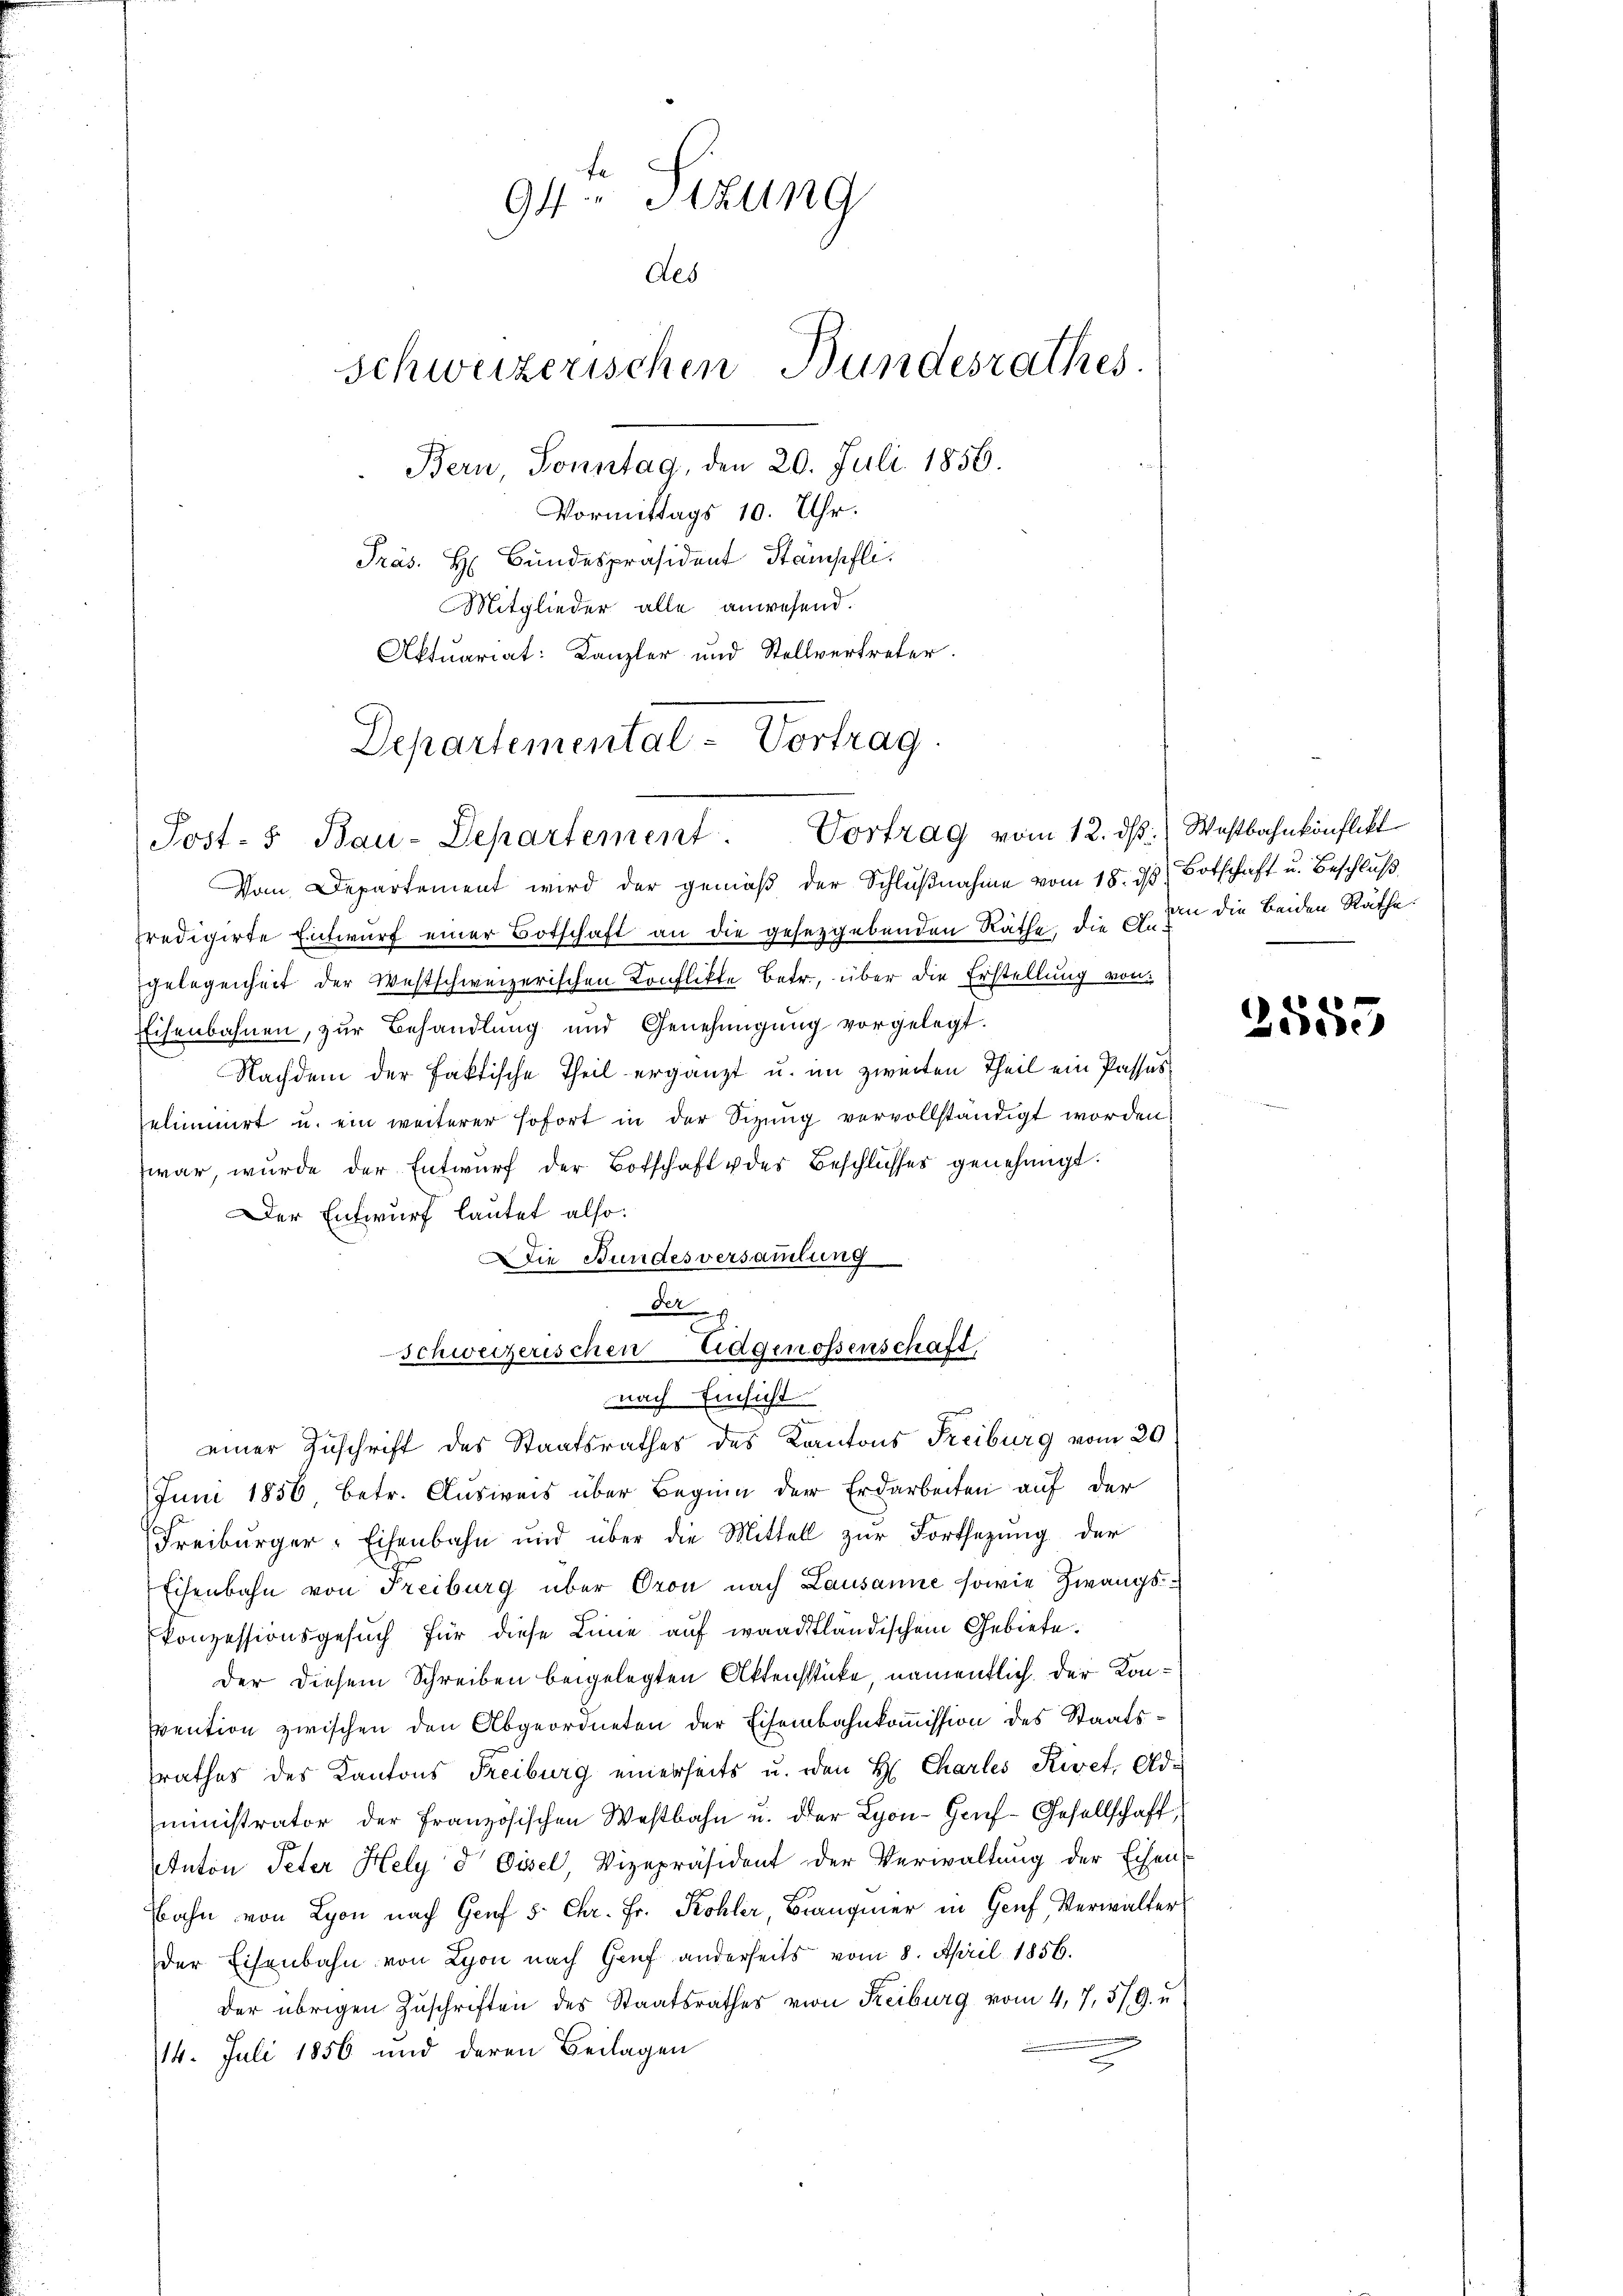
94 Sizung
des
schweizerischen Bundesrathes
Bern, Sonntag, den 20. Juli 1856.

Vormittags 10. Uhr.
Präs. H. Bundespräsident Stämpfli
Mitglieder alle anwesend.
Aktuariat: Kanzler und Stellvertreter.

Departemental-Vortrag
Post- & Bau-Departement. Vortrag vom 12. dβ. Wastbahnkonflikt

Vom Departement wird der gemäβ der Schlŭβnahme vom 18. d. Botschaft u. Beschluß
predigirte Entwurf einer Botschaft an die gesetzgebenden Räthe, die E. um die beiden Räthe
gelegenheit der Westschweizerischen Konflikte Betr., über die Erstellung von
Eisenbahnen, zur Behandlung und Genehmigung vorgelegt.
Nachdem der faktische Theil ergänzt u. im zweiten Theil ein Passas
eliminirt u. ein weiterer sofort in der Sitzung vervollständigt worden.
war, wurde der Entwurf der Botschaft der Beschlusser genehmigt.
Der Entwurf lautet also:
Die Bundesversammlung
der
Schweizerischen Eidgenossenschaft,
nach Einsicht
einer Zuschrift des Staatsrathes des Kantons Freiburg vom 20
Juni 1856, betr. Ausweis über Beginn der Erdarbeiten auf der
Freiburger-Eisenbahn und über die Mittell zŭr Fortsetzŭng der
Eisenbahn von Freiburg über Oron nach Lausanne sowie Zwangs-
Ponzessionsgesuch für diese Linie auf waadtländischem Gebiete.
Der diesem Schreiben beigelegten Aktensstücke, namentlich der Konvention zwischen den Abgeordneten der Eisenbahnkommission des Staatssrathes des Kantons Freiburg einerseits u. den H. Charlei Kiret, Administrator der Französischen Westbahn u. der Lyon-Gouf-Gesellschaft,
Anton Peter Hely d. Gisel, Vizepräsident der Verwaltung der Eisen-
bahn von Lyon nach Genf 5. Chr. Fr. Kohler, Branger in Genf, Verwalter
der Eisenbahn von Lyon nach Genf anderseits vom 8. April 1856.
der übrigen Zŭschriften des Staatsrathes von Reiburg vom 4. 7. 579. u
14. Juli 1856 und deren Beilagen
2

2555